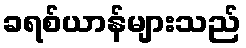
ခရစ်ယာန်များသည်